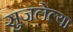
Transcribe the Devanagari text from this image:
सुजलेल्या